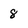
Character: 8